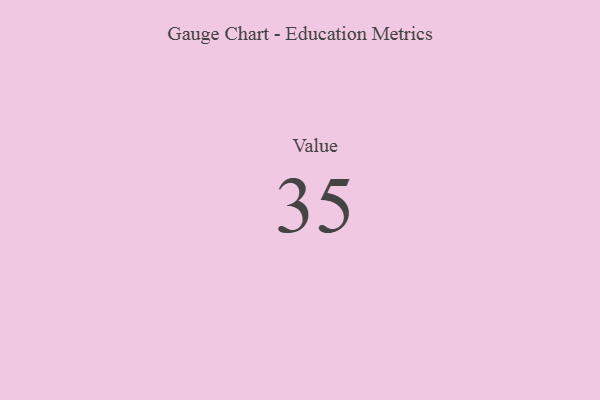
{"axis": {"x": "Metric", "y": "Value"}, "legend": [""], "data": [{"x": "Value", "y": 35, "type": ""}]}